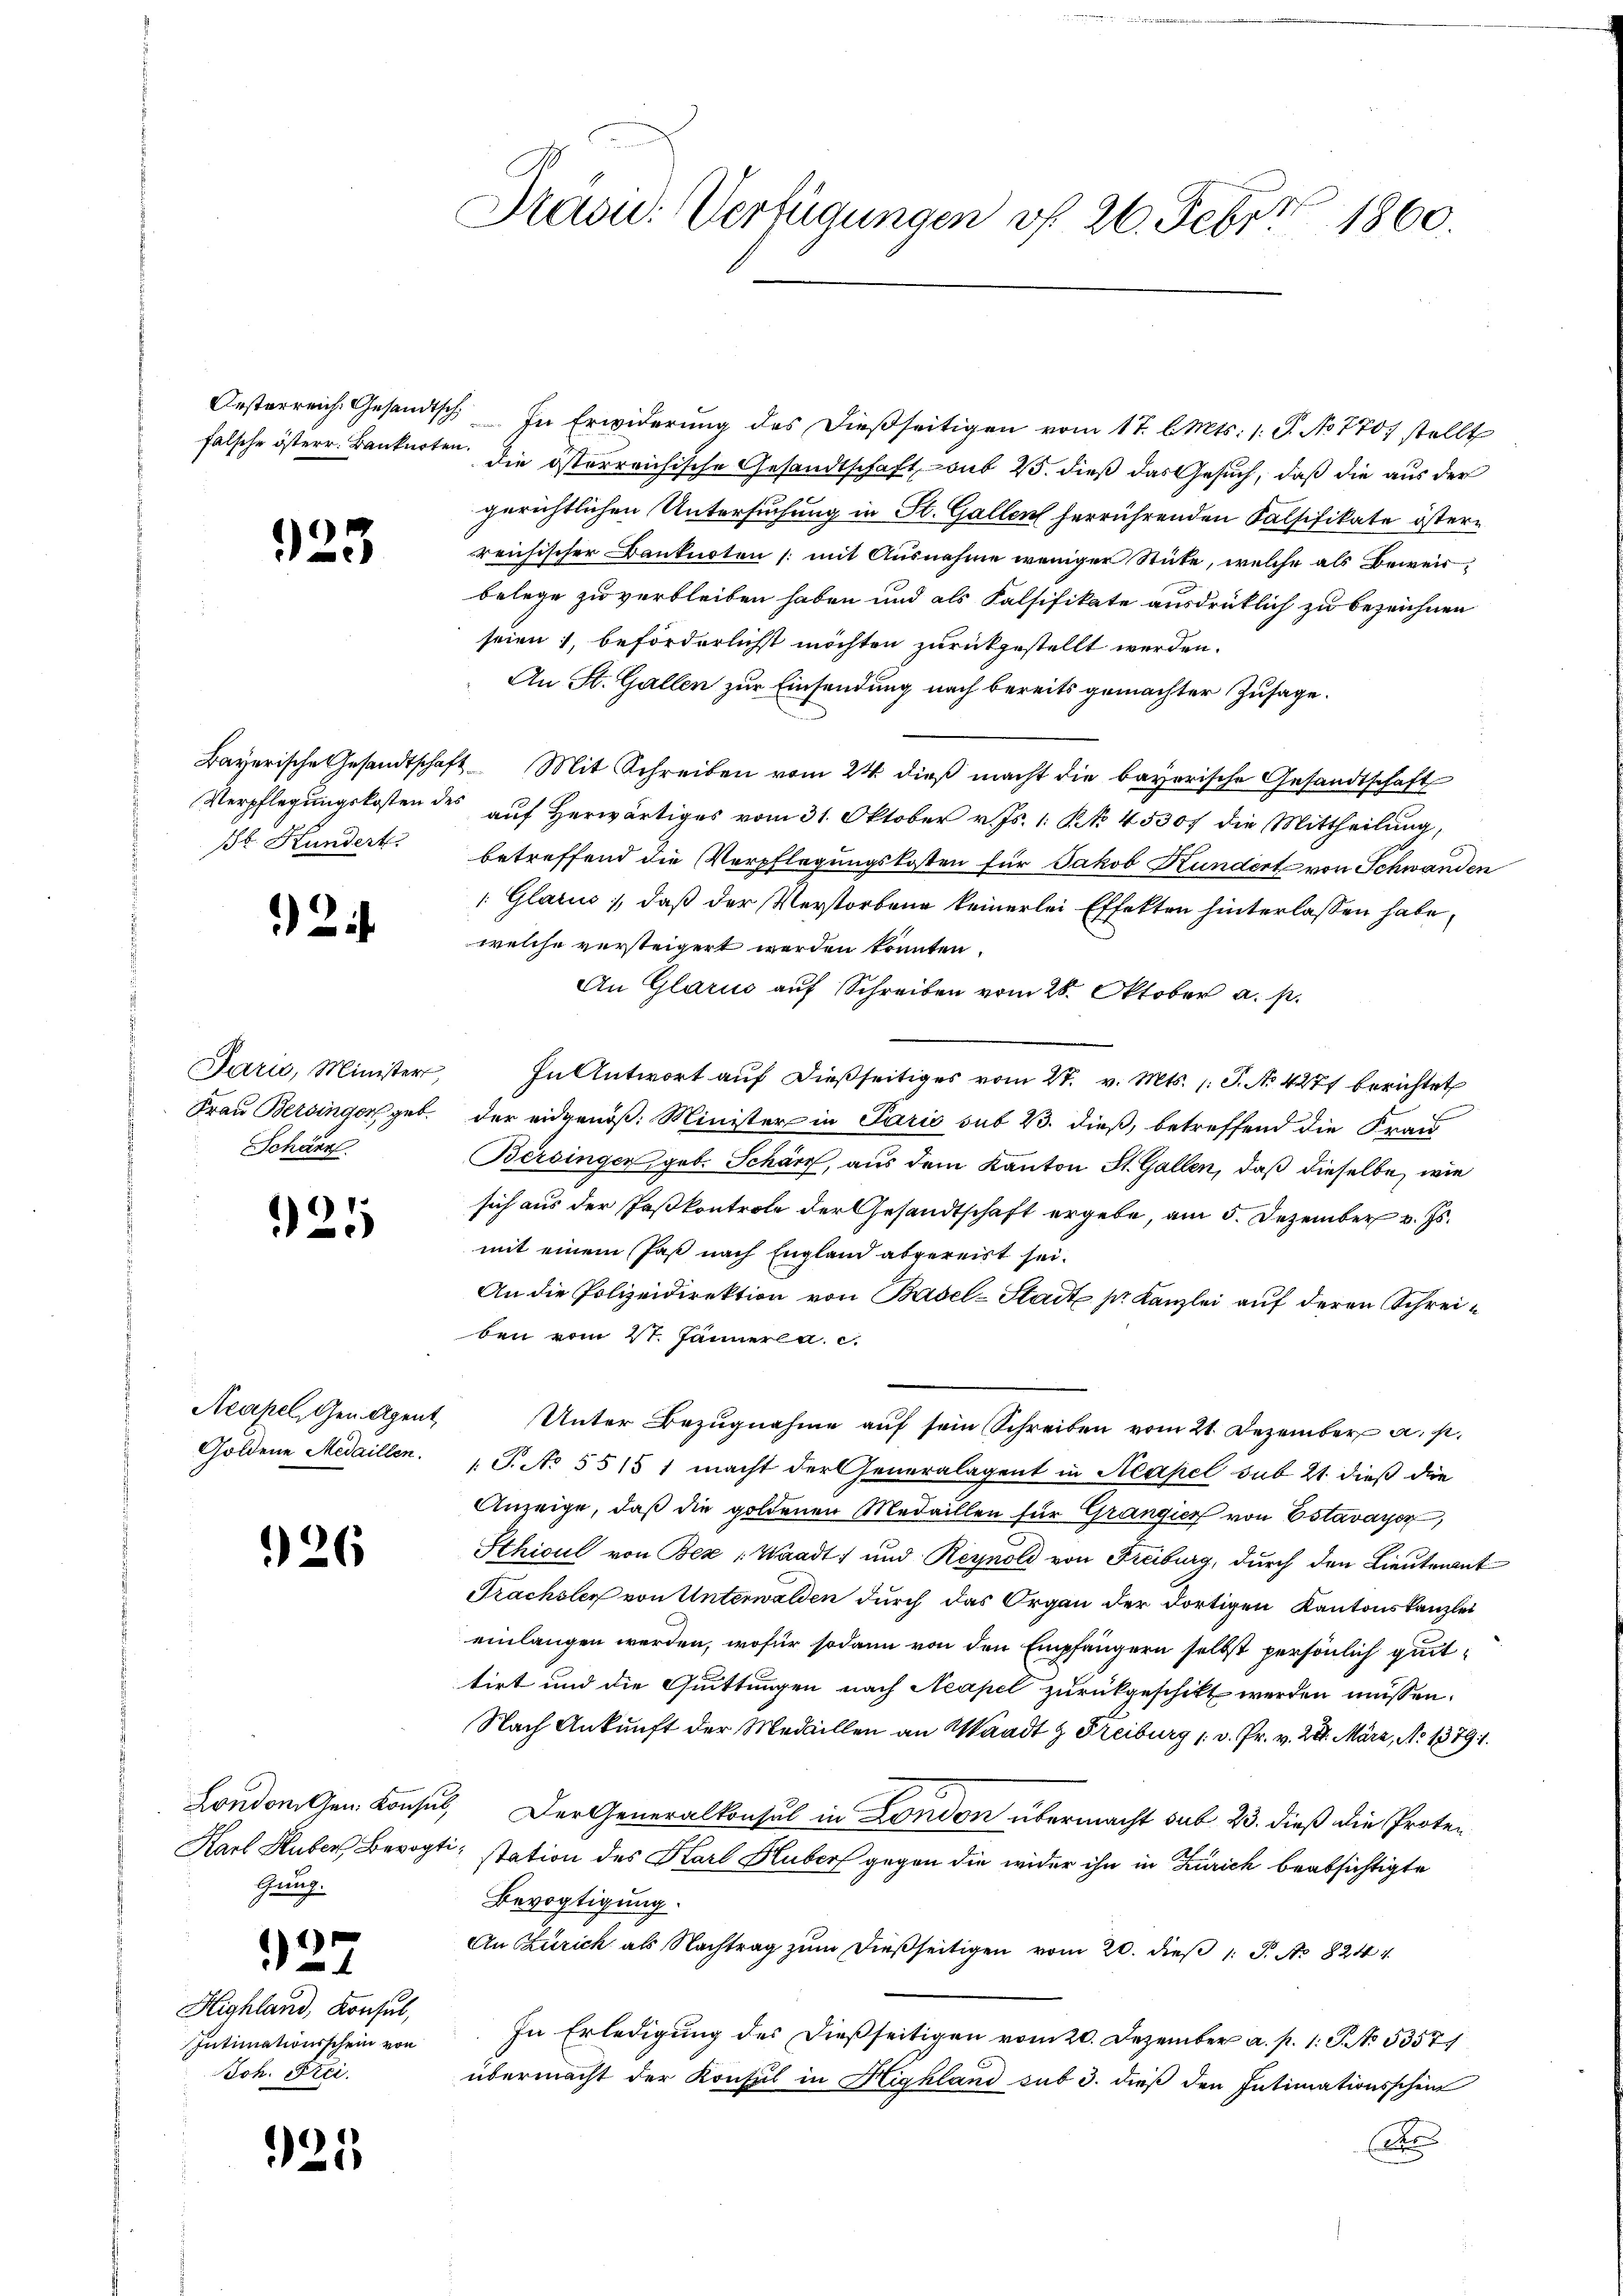
falsche österr. Banknoten

.

Verpflegungskosten des
Jb. Hundert

92.

Jarić, Minister,
Frau Bersinger geb.
Schänz

921

Acapel, Gen. Agent
Goldene Medaillen.

926

London. Gen. Konsul,
Karl Huber Bevogt
Genug.

325

925

3

Highland, Konsul,
Intimationsschein von
Joh. Frei

Säcu: Verfügungen vf. 26. Feber 1860.

Oesterreich. Gesandtsch. In Erwiderung des dießseitigen vom 17. l. Mts. 1. S. No 770. stellt
u die österreichische Gesandtschaft sub 25. dieß das Gesuch, daß die aus der
gerichtlichen Untersuchung in St. Gallen herrührenden Falsifikate östern
reichischer Banknoten (mit Ausnahme weniger Stücke, welche als Beweisbelege zu verbleiben haben und als Falsifikate ausdrücklich zu bezeichnen
seien, beförderlichst möchten zurückgestellt werden.
An St. Gallen zur Einsendung nach bereits gemachter Zusage.
Bayerische Gesandtschaft. Mit Schreiben vom 24. dieβ macht die bayerische Gesandtschaft
 auf Herwärtiges vom 31. Oktober v. Js. 1. Rk. 45307 die Mittheilung,
betreffend die Verpflegungskosten für Jakob Kundert von Schwanden
1: Glarus, daß der Verstorbene keinerlei Effekten hinterlassen habe,
welche versteigert werden könnten.
An Glarus auf Schreiben vom 28. Oktober a. p.
In Antwort auf dießseitiges vom 27. v. Mts. 1. P. No 4277 berichtet
der eidgenöß. Minister in Paris sub 23. dieß, betreffend die Frau
Bersingen geb. Schärff, aus dem Kanton St. Gallen, daß dieselbe, wie
sich aus der Paskontrole der Gesandtschaft ergebe, am 5. Dezember v. Js.
mit einem Past nach England abgereist sei.
An die Polizeidirektion von Basel-Stadt pr. Kanzlei auf deren Schreiben vom 21. Jänner a. c.
Unter Bezugnahme auf sein Schreiben vom 21. Dezember a. p.
1.P. No 5515 1 macht der Generalagent in Neapel sub 21. dieß die
Anzeige, daß die goldenen Medaillen für Grangier von Estavayer,
Sthicul von Bez : Waadt und Reynold von Freiburg, durch den Lieutenant
Frachsler von Unterwalden durch das Organ der dortigen Kantonskanzlei
einlangen werden, wofür sodann von den Empfängern selbst persönlich guttirt und die Quittungen nach Neapel zurückgeschikt werden müssen.
Nach Ankunft der Medaillen an Waadt & Freiburg 1. v. Pr. v. 22. März, No 1379.
Der Generalkonsul in London übermacht sub 23. dieß die Proten
station des Karl Huber gegen die wider ihn in Zürich beabsichtigte
Bevogtigung.
An Zürich als Nachtrag zum dießseitigen vom 20. dieß 1 S. Nr. 8244.
In Erledigung des dießseitigen vom 20. Dezember a. p. 1. P. No 5357/
übermacht der Konsul in Highland sub 3. dieß den Intimationsschein
A